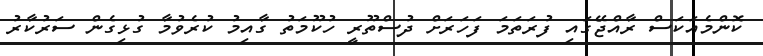
ކޮންމެއަކަސް ރާއްޖޭގައި ފުރަތަމަ ފަހަރަށް ދުސްތޫރީ ހުކޫމަތު ގާއިމު ކުރެވުމާ ގުޅިގެން ސަރުކާރު